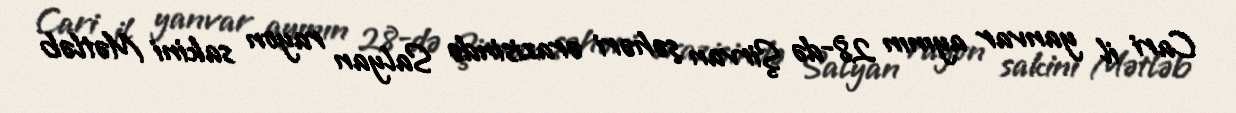
Cari il yanvar ayının 28-də Şirvan şəhəri ərazisində Salyan rayon sakini Mətləb